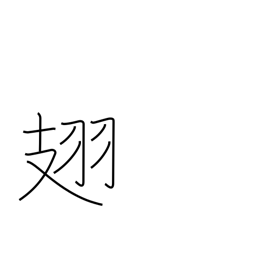
Meaning: (insect) wings